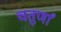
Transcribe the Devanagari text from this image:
चतुर्णां